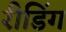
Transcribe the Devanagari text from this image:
रीडिंग